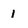
Character: 1